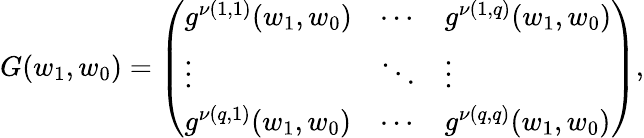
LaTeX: G(w_{1},w_{0})=\left(\begin{array}{lll}{g^{\nu(1,1)}(w_{1},w_{0})}&{\cdots}&{g^{\nu(1,q)}(w_{1},w_{0})}\\ {\vdots}&{\ddots}&{\vdots}\\ {g^{\nu(q,1)}(w_{1},w_{0})}&{\cdots}&{g^{\nu(q,q)}(w_{1},w_{0})}\end{array}\right),